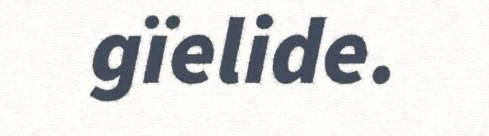
gïelide.